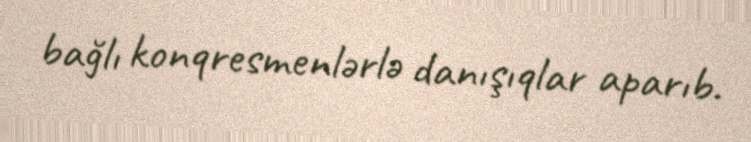
bağlı konqresmenlərlə danışıqlar aparıb.